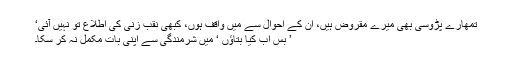
تمھارے پڑوسی بھی میرے مقروض ہیں، ان کے احوال سے میں واقف ہوں، کبھی نقب زنی کی اطلاع تو نہیں آئی‘
’ بس اب کیا بتاؤں ‘ میں شرمندگی سے اپنی بات مکمل نہ کر سکا۔